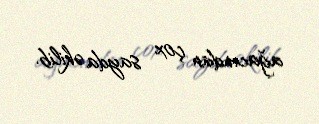
ağacından çox sayda əkilib.